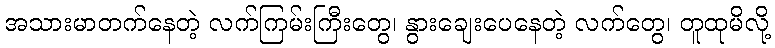
အသားမာတက်နေတဲ့ လက်ကြမ်းကြီးတွေ၊ နွားချေးပေနေတဲ့ လက်တွေ၊ တူထုမိလို့